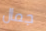
جمال